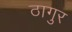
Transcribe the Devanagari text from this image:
ठागुर